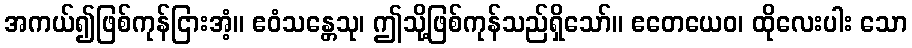
အကယ်၍ဖြစ်ကုန်ငြားအံ့။ ဧဝံသန္တေသု၊ ဤသို့ဖြစ်ကုန်သည်ရှိသော်။ ဧတေယေဝ၊ ထိုလေးပါး သော